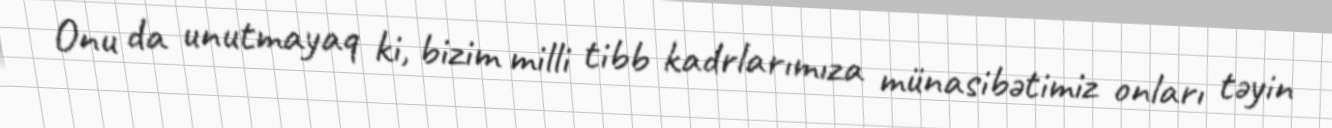
Onu da unutmayaq ki, bizim milli tibb kadrlarımıza münasibətimiz onları təyin